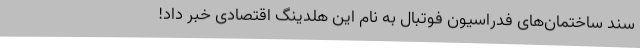
سند ساختمان‌های فدراسیون فوتبال به نام این هلدینگ اقتصادی خبر داد!